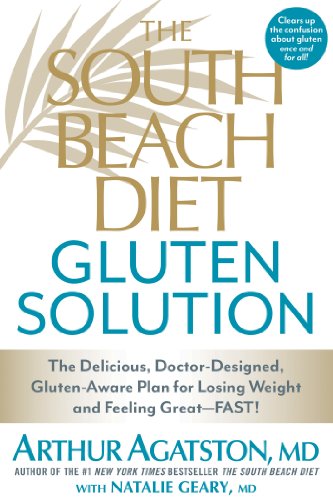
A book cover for The South Beach Diet Gluten Solution: The Delicious, Doctor-Designed, Gluten-Aware Plan for Losing Weight and Feeling Great--FAST!; Arthur Agatston; Cookbooks, Food & Wine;